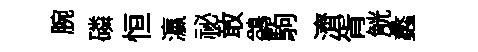
腕磷恒瀛祕敢鷁駒濟胥觥蠡